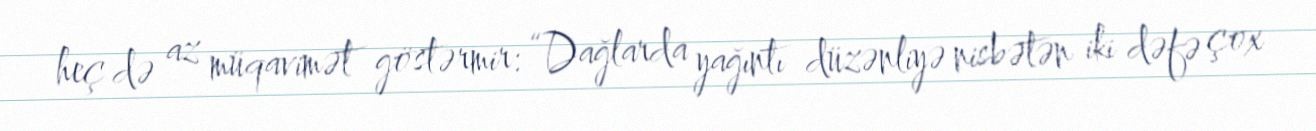
heç də az müqavimət göstərmir: “Dağlarda yağıntı düzənliyə nisbətən iki dəfə çox